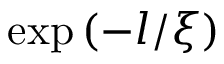
\exp \left( - l / \xi \right)